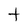
Character: t